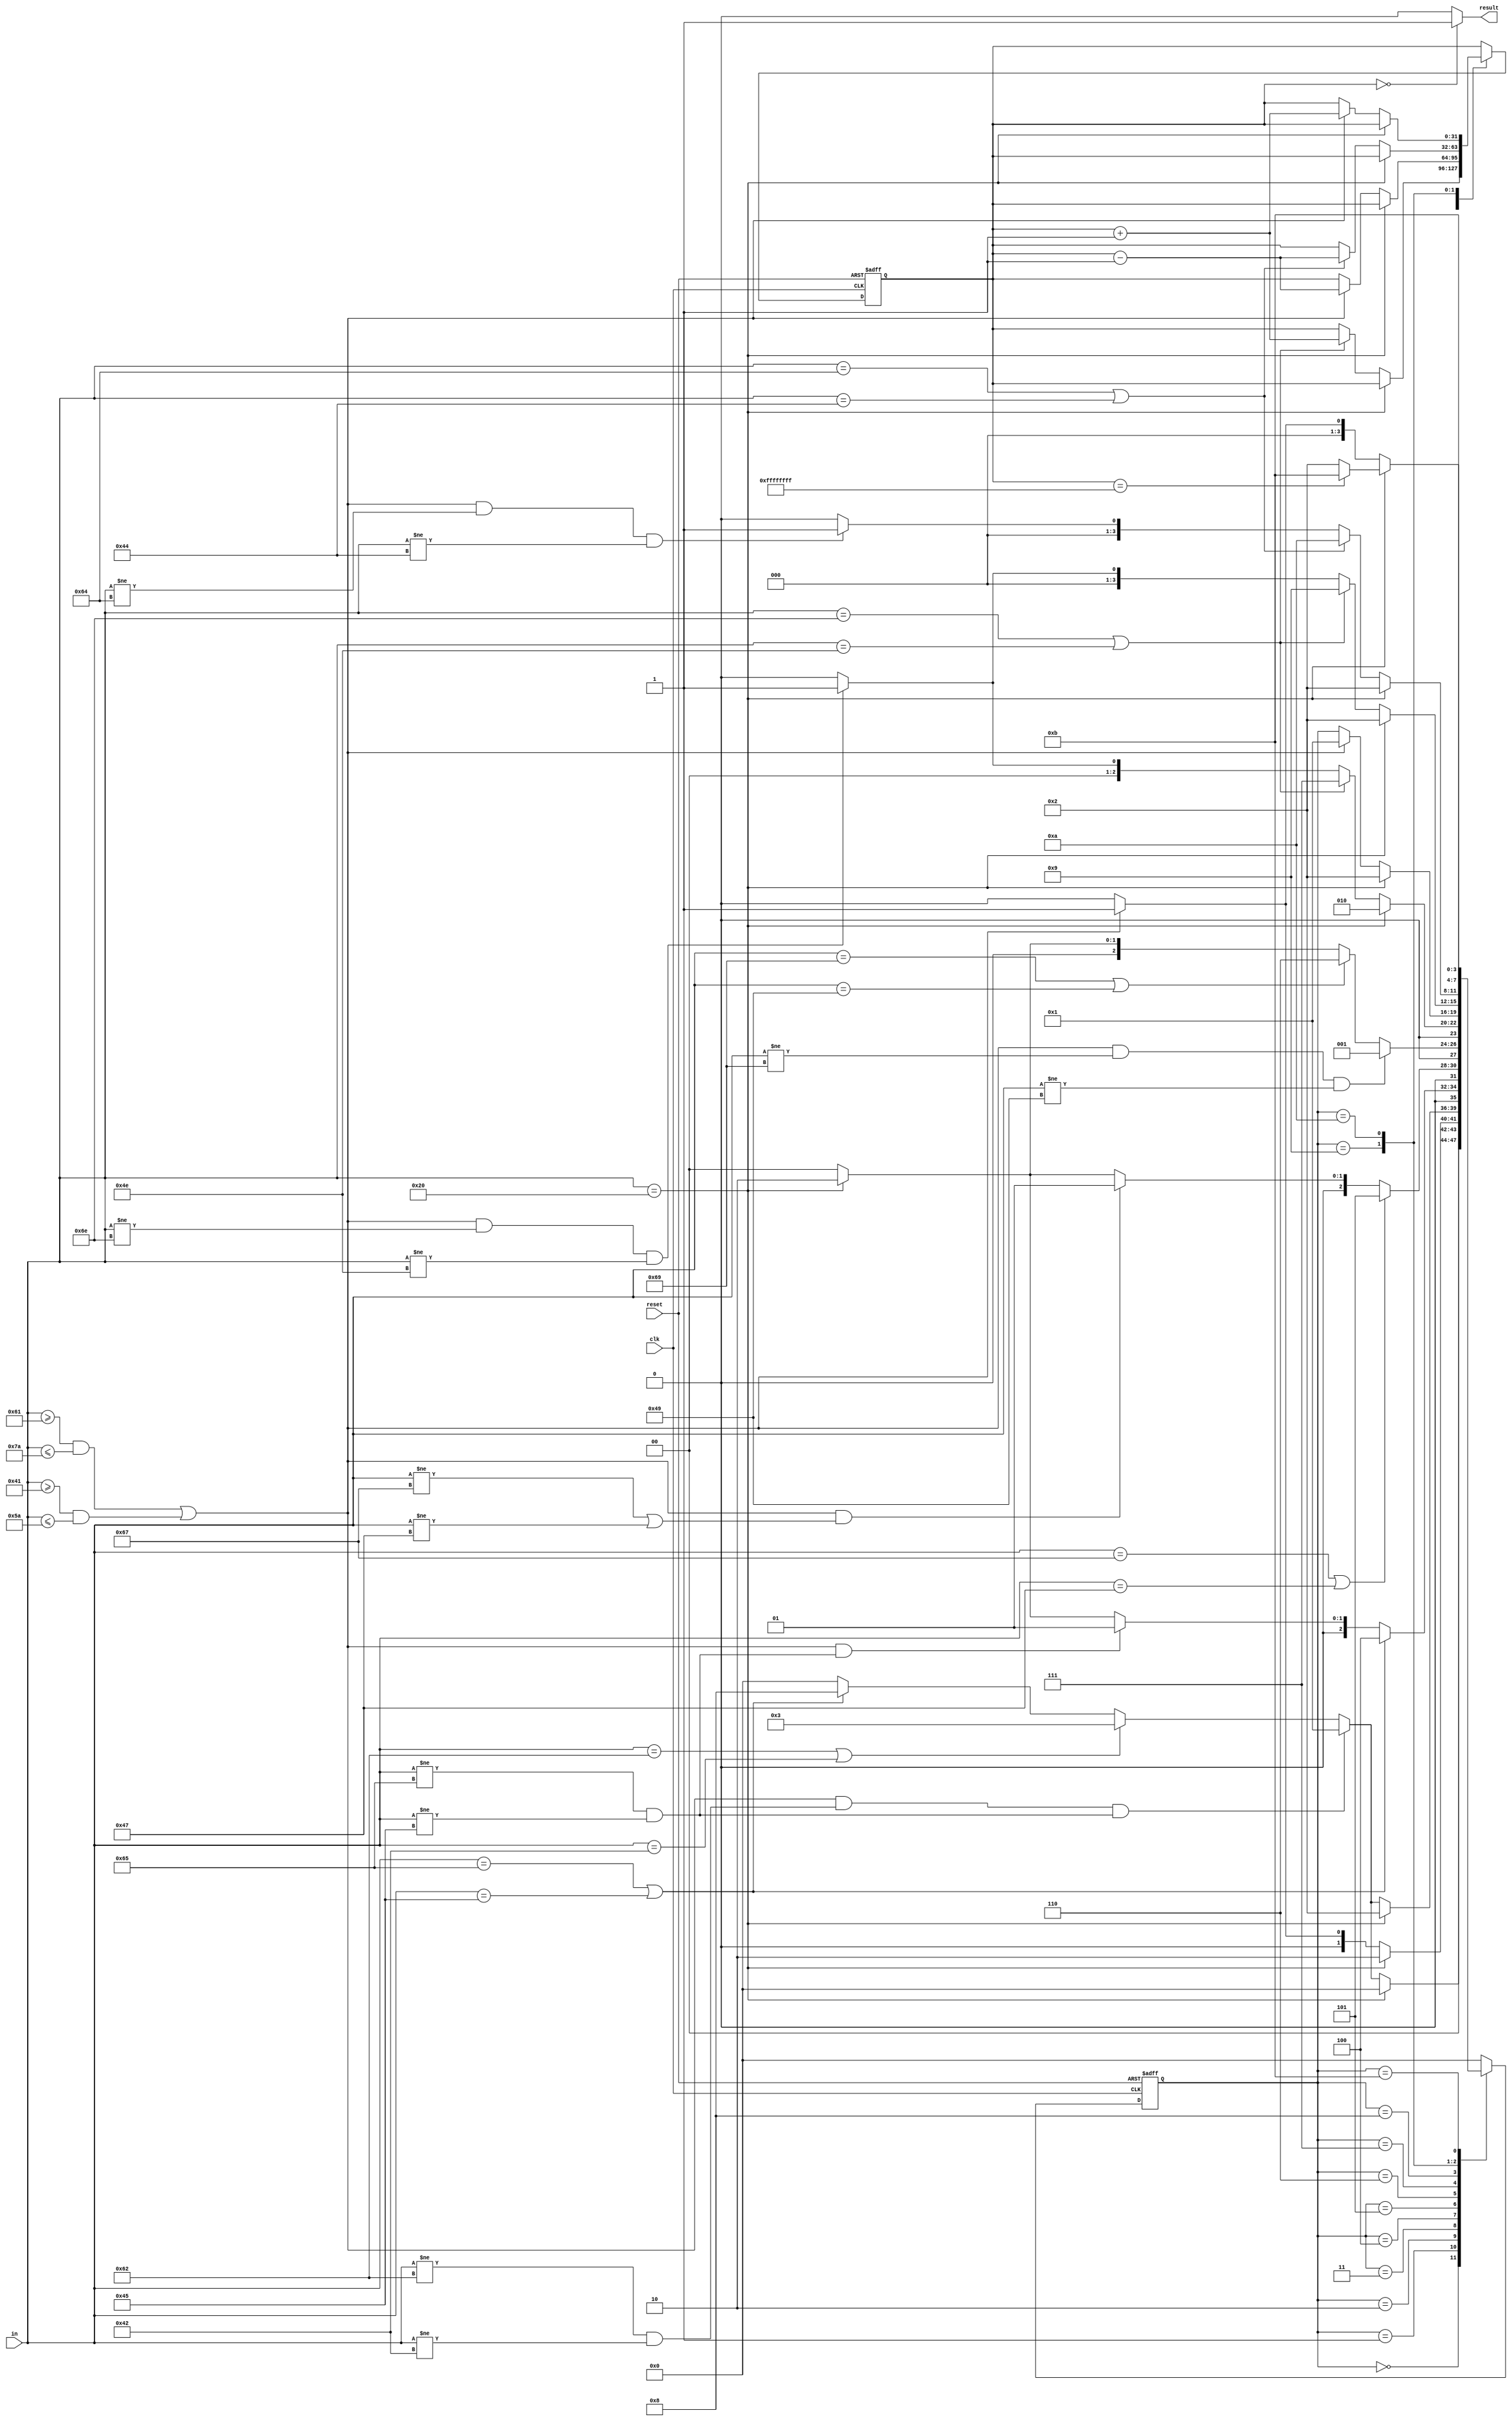
`timescale 1ns / 1ps
`define S0 4'b0000
`define S1 4'b0001
`define S2 4'b0010
`define S3 4'b0011
`define S4 4'b0100
`define S5 4'b0101
`define S6 4'b0110
`define S7 4'b0111
`define S8 4'b1000
`define S9 4'b1001
`define S10 4'b1010
`define S11 4'b1011
`define isAlpha ((in >= "a" && in <= "z") || (in >= "A" && in <= "Z"))
`define isNotB (in != "b" && in != "B")
`define isNotE (in != "e" && in != "E")
`define isB (in == "b" || in == "B")
`define isE (in == "e" || in == "E")

module BlockChecker(
    input clk, 
    input reset,
    input [7:0] in,
    output result
);
    reg [3:0] status;
    reg [31:0] begin_counter;

    always @(posedge clk or posedge reset) begin
        if (reset == 1'b1) begin
            status <= `S0;
            begin_counter <= 32'b0;
        end
        else begin
            case (status)
                `S0: begin
                    if (in == " ") status <= `S0;
                    else if (`isAlpha && `isNotB && `isNotE) status <= `S1;
                    else if (`isB) status <= `S3;
                    else if (`isE) status <= `S8;
                    else status <= `S0;

                end 
                `S1: begin
                    if (in == " ") begin
                        status <= `S2;
                        
                    end
                    else if (`isAlpha) begin
                        status <= `S1;
                        
                    end
                    else begin

                        status <= `S0;
                    end
                end
                `S2: begin
                    if (in == " ") begin
                        status <= `S2;
                        
                    end
                    else if (`isAlpha && `isNotB && `isNotE) begin
                        status <= `S1;
                        
                    end
                    else if (`isB) begin
                        status <= `S3;
                        
                    end
                    else if (`isE) begin
                        status <= `S8;
                        
                    end
                    else begin
                        status <= `S0;

                    end
                end
                `S3: begin
                    if (`isE) begin
                        status <= `S4;
                        
                    end
                    else if (`isAlpha && `isNotE) begin
                        status <= `S1;
                        
                    end
                    else if (in == " ") begin
                        status <= `S2;
                        
                    end
                    else begin
                        status <= `S0;

                    end
                end
                `S4: begin
                    if (in == "g" || in == "G") begin
                        status <= `S5;
                        
                    end
                    else if (`isAlpha && (in != "g" || in != "G")) begin
                        status <= `S1;
                        
                    end
                    else if (in == " ") begin
                        status <= `S2;
                        
                    end
                    else begin
                        status <= `S0;

                    end
                end
                `S5: begin
                    if (`isAlpha && in != "i" && in != "I") begin
                        status <= `S1;
                        
                    end
                    else if (in == "i" || in == "I") begin
                        status <= `S6;
                        
                    end
                    else if (in == " ") begin
                        status <= `S2;
                        
                    end
                    else begin
                        status <= `S0;

                    end
                end
                `S6: begin
                    if (in == " ") begin
                        status <= `S2;
                        
                    end
                    else if (in == "n" || in == "N") begin
                        status <= `S7;
                        begin_counter <= begin_counter + 1;
                        
                    end
                    else if (`isAlpha && in != "n" && in != "N") begin
                        status <= `S1;
                        
                    end
                    else begin
                        status <= `S0;

                    end
                end
                `S7: begin
                    if (in == " ") begin
                        status <= `S2;
                        
                    end
                    else if (`isAlpha) begin
                        status <= `S1;
                        begin_counter <= begin_counter - 1;
                        
                    end
                end
                `S8: begin
                    if (in == " ") begin
                        status <= `S2;
                        
                    end
                    else if (in == "n" || in == "N") begin
                        status <= `S9;
                       
                    end
                    else if (`isAlpha && in != "n" && in != "N") begin
                        status <= `S1;
                      
                    end
                    else begin
                        status <= `S0;

                    end
                end
                `S9: begin
                    if (in == " ") begin
                        status <= `S2;

                    end
                    else if (in == "d" || in == "D") begin
                        status <= `S10;
                        begin_counter <= begin_counter - 1;

                    end
                    else if (`isAlpha && in != "d" && in != "D") begin
                        status <= `S1;

                    end
                    else begin
                        status <= `S0;

                    end
                end
                `S10: begin
                    if (in == " ") begin
                        if (begin_counter == 32'hffff_ffff) status <= `S11;
                        else begin
                            status <= `S2;
                        end
                    end
                    else if (`isAlpha) begin
                        status <= `S1;
                        begin_counter <= begin_counter + 1;
                       
                    end
                    else begin
                        status <= `S0;

                    end
                end
                `S11: begin
                    status <= `S11;

                end
                default: begin
                    status <= `S0;

                end
            endcase
        end
    end
    assign result = begin_counter == 32'b0 ? 1'b1 : 1'b0;
endmodule //BlockChecker